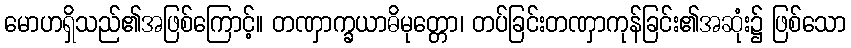
မောဟရှိသည်၏အဖြစ်ကြောင့်။ တဏှာက္ခယာဓိမုတ္တော၊ တပ်ခြင်းတဏှာကုန်ခြင်း၏အဆုံး၌ ဖြစ်သော